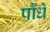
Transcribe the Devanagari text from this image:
पौंधे